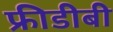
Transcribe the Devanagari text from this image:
फ्रीडीबी